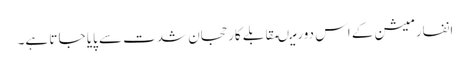
انفارمیشن کے اس دورمیںمقابلے کارحجان شدت سے پایا جا تا ہے۔